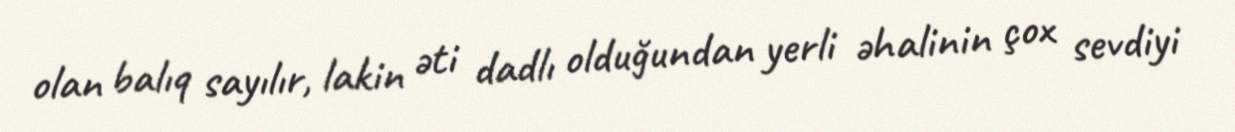
olan balıq sayılır, lakin əti dadlı olduğundan yerli əhalinin çox sevdiyi